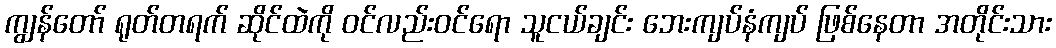
ကျွန်တော် ရုတ်တရက် ဆိုင်ထဲကို ဝင်လည်းဝင်ရော သူငယ်ချင်း ဘေးကျပ်နံကျပ် ဖြစ်နေတာ အတိုင်းသား